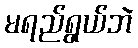
မရည်ရွယ်ဘဲ